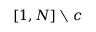
[ 1 , N ] \setminus c